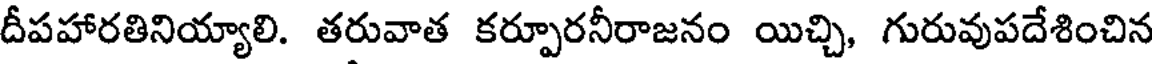
దీపహారతినియ్యాలి. తరువాత కర్పూరనీరాజనం యిచ్చి, గురువుపదేశించిన